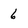
Character: 6